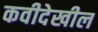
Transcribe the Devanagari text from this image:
कवीदेखील